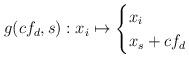
LaTeX: \begin{align*}g(cf_d,s): x_i\mapsto \begin{cases} x_i &{}\\ x_s+cf_d &{} \end{cases}\end{align*}